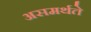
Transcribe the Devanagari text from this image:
असमर्थते